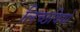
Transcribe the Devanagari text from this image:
लिच्छवियो